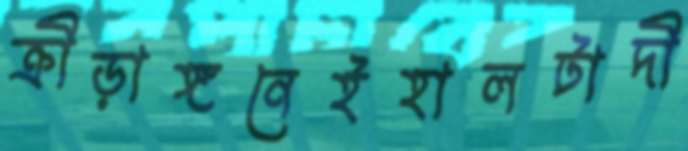
ক্রীড়াঙ্গনেইহালটাদী